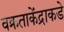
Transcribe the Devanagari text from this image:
वक्रताकेंद्राकडे